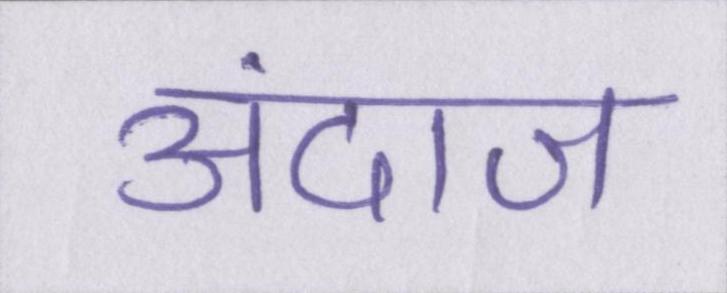
अंदाज